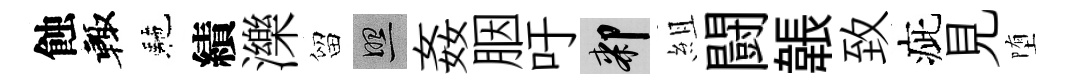
蝕輙駰績濼留照姦胭吁膝組闘韔致疵見堕